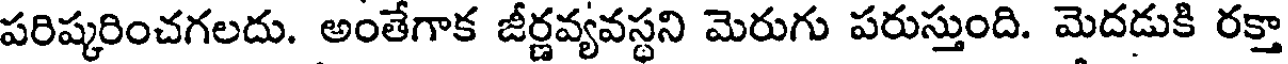
పరిష్కరించగలదు. అంతేగాక జీర్ణవ్యవస్థని మెరుగు పరుస్తుంది. మెదడుకి రక్తా